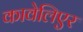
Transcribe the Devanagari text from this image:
कावेलिएर